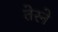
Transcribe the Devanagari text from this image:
तेरने